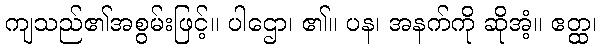
ကျသည်၏အစွမ်းဖြင့်။ ပါဌော၊ ၏။ ပန၊ အနက်ကို ဆိုအံ့။ ဧတ္ထ၊